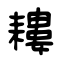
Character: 耬